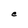
Character: e